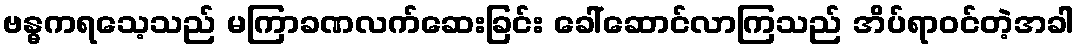
ဗန္ဓကရသေ့သည် မကြာခဏလက်ဆေးခြင်း ခေါ်ဆောင်လာကြသည် အိပ်ရာဝင်တဲ့အခါ